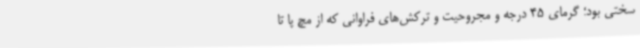
سختی بود؛ گرمای 45 درجه و مجروحیت و ترکش‌های فراوانی که از مچ پا تا